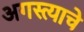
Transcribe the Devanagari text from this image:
अगस्त्याचे